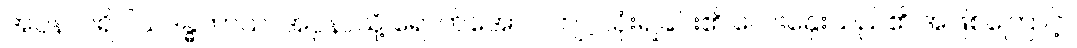
အပ္ပနာပရိဝါသဒန္ဓတာယ၊ အပ္ပနာသို့ ရောက်အောင် ကျင့်သုံးရခြင်း၏ လေးနှေးသည်၏ အဖြစ်ကြောင့်။